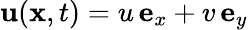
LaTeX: {\mathbf u}({\mathbf x},t)=u\, {\mathbf e}_{x}+v\, {\mathbf e}_{y}